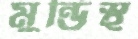
মুন্ডিস্থ